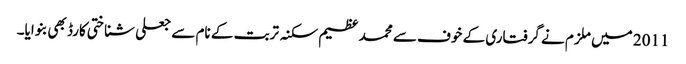
2011 میں ملزم نے گرفتاری کے خوف سے محمد عظیم سکنہ تربت کے نام سے جعلی شناختی کارڈ بھی بنوایا۔